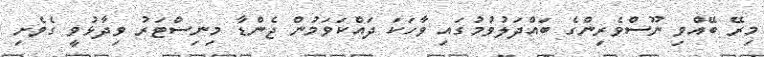
މިރޭ ބޭއްވި ނޫސްވެރިންގެ ބައްދަލުވުމުގައި ވާހަކަ ދައްކަވަމުން ޖެންޑާ މިނިސްޓަރު ވިދާޅުވީ ގެވެށި